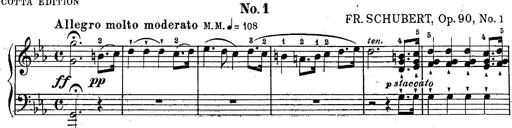
Title: Schubert's Impromptus [revised and edited by Franz Liszt]
Composer: Franz Liszt